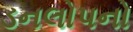
ડનલોપનો